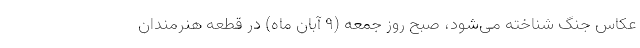
عکاس جنگ شناخته می‌شود، صبح روز جمعه (۹ آبان ماه) در قطعه هنرمندان